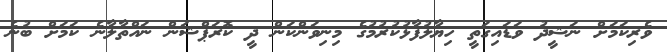
ވެރިކަމަށް ނަޝީދު ވަޑައިގަތީ ހިޔާލުފާޅުކުރުމުގެ މިނިވަންކަން ދީ ކޮރަޕްޝަން ނައްތާލާނެ ކަމަށް ބުނެ